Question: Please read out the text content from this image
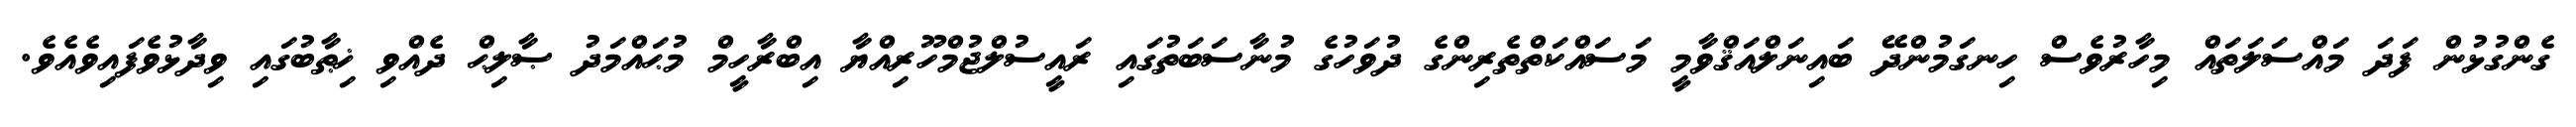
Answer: ގެންގުޅުން ފަދަ މައްސަލަތައް މިހާރުވެސް ހިނގަމުންދޭ ބައިނަލްއަޤްވާމީ މަސައްކަތްތެރިންގެ ދުވަހުގެ މުނާސަބަތުގައި ރައީސުލްޖުމްހޫރިއްޔާ އިބްރާހީމް މުޙައްމަދު ޞާލިޙް ދެއްވި ޚިޠާބުގައި ވިދާޅުވެފައިވެއެވެ.